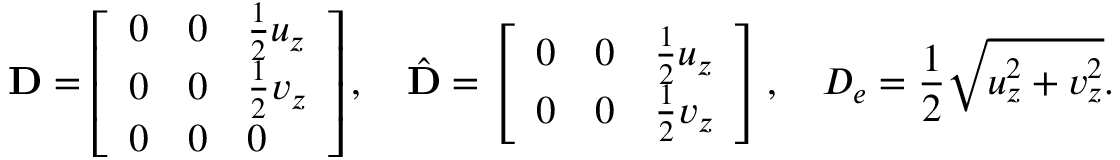
\mathbf { D } = \left[ \begin{array} { l l l } { 0 } & { 0 } & { \frac 1 2 u _ { z } } \\ { 0 } & { 0 } & { \frac 1 2 v _ { z } } \\ { 0 } & { 0 } & { 0 } \end{array} \right] , \quad \hat { \mathbf { D } } = \left[ \begin{array} { l l l } { 0 } & { 0 } & { \frac 1 2 u _ { z } } \\ { 0 } & { 0 } & { \frac 1 2 v _ { z } } \end{array} \right] , \quad D _ { e } = \frac { 1 } { 2 } \sqrt { u _ { z } ^ { 2 } + v _ { z } ^ { 2 } } .